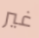
غير